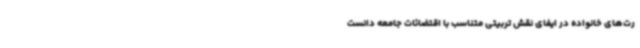
رت‌های خانواده در ایفای نقش تربیتی متناسب با اقتضائات جامعه دانست